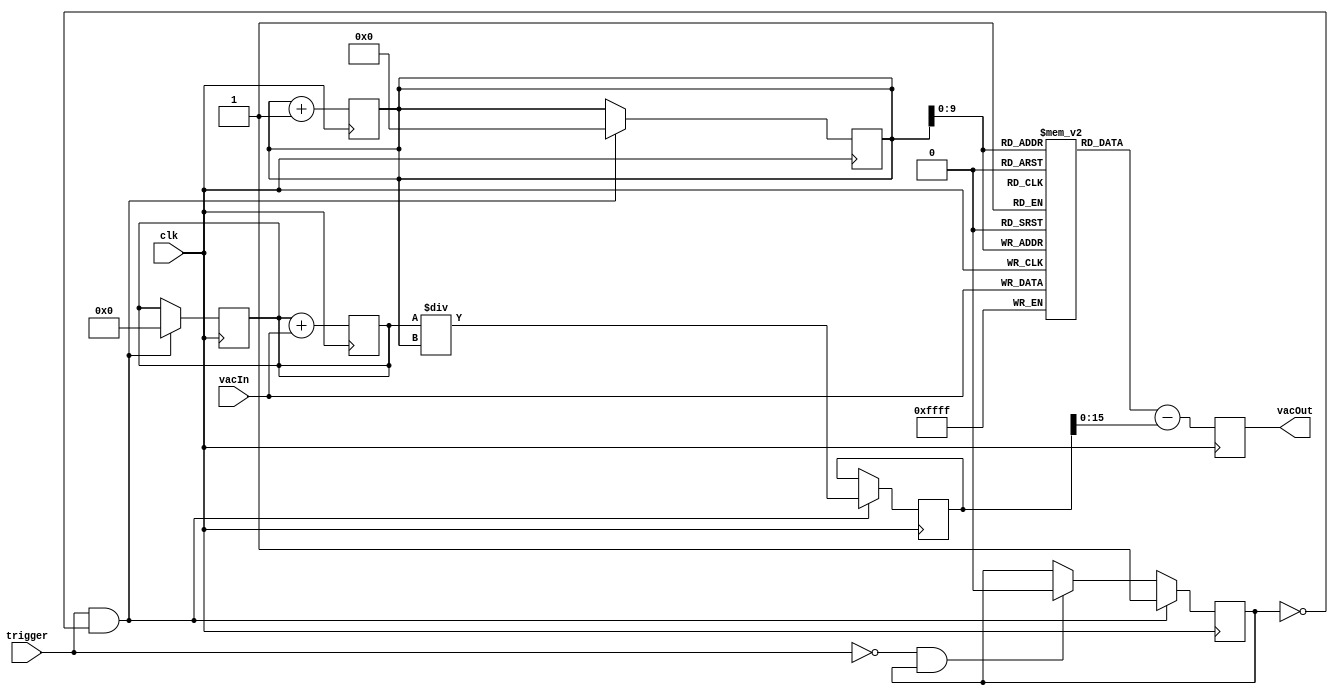
`timescale 1ns / 1ps
//////////////////////////////////////////////////////////////////////////////////
// Company: ALTER/UPM
// This block takes an analog input and takes away the DC component. It adds up
//  all the inputs during a M-Sequence period (between two triggers) and stores
//  the inputs in a memory. When the M-Sequence is over, it averages all the values
//  so that then it outputs all the values subtracting the DC component. As it does
//  this, new values are still entering.
//////////////////////////////////////////////////////////////////////////////////


module dcAcConverter(
    input clk,
    input[15:0] vacIn,
    input trigger,
    output[15:0] vacOut
    );
    
    localparam[15:0] MEMLENGTH = 255*4;
    
    reg[15:0] count;
    reg[31:0] sum;
    reg[31:0] average;
    

    reg[15:0] memory[MEMLENGTH-1:0];//If the sampling rate increases, the memory should increase. A large memory covers for smaller sampling rates.
    reg[15:0] vAc;
    
    reg isUp;
    /*
    There is a problem synchronizing the dcAc with the LFSRShift
    because the trigger of the dcAc must arrive at the same time 
    that the rst of the LFSR Up
    However, the clocks are different: 25MHz for the LFSSR and 100
    for the samples. The pulse of the trigger here should be addapted
    from 25MHz to 100MHz.
    */
    

    assign vacOut = vAc;
    
    // Esto parece que es una puta locura
    initial begin
        isUp = 0;
    end
    
    always@(posedge clk) begin    
        
        if(trigger == 1 && isUp == 0) begin // trigger sets the first value of the M-Sequence.
            average = sum / count;
            count = 0;
            sum = 0;
            isUp = 1;
        end else if(trigger == 0 && isUp == 1) begin
            isUp = 0;
        end
            
    end
    
    always@(posedge clk) begin
    
        vAc = memory[count] - average;
                      
        sum = sum + vacIn;
        memory[count] = vacIn;
        count = count +1;  
                           
    end 
        
        
                
        
        
endmodule